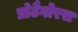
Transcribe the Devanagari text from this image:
प्रोटैगोरस